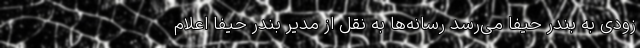
زودی به بندر حیفا می‌رسد رسانه‌ها به نقل از مدیر بندر حیفا اعلام